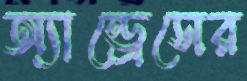
অ্যান্ড্রেসের